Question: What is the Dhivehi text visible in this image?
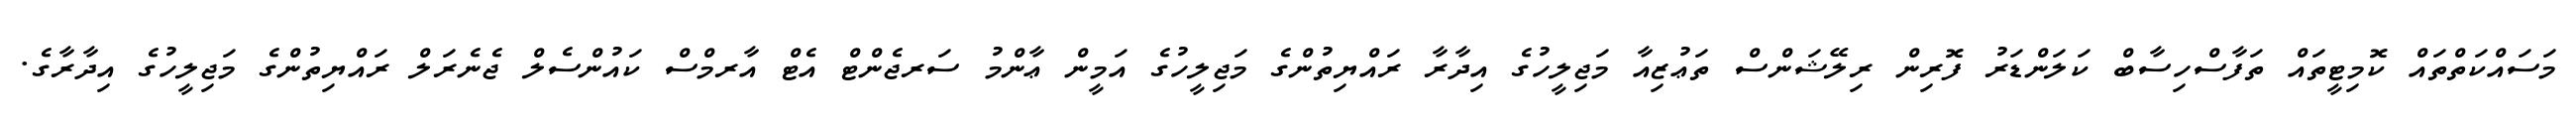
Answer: މަސައްކަތްތައް ކޮމިޓީތައް ތަފާސްހިސާބް ކަލަންޑަރު ފޮރިން ރިލޭޝަންސް ތަޢުޒިއާ މަޖިލީހުގެ އިދާރާ ރައްޔިތުންގެ މަޖިލީހުގެ އަމީން ޢާންމު ސަރޖެންޓް އެޓް އާރމްސް ކައުންސެލް ޖެނެރަލް ރައްޔިތުންގެ މަޖިލީހުގެ އިދާރާގެ.